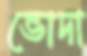
ভোদা